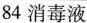
84消毒液